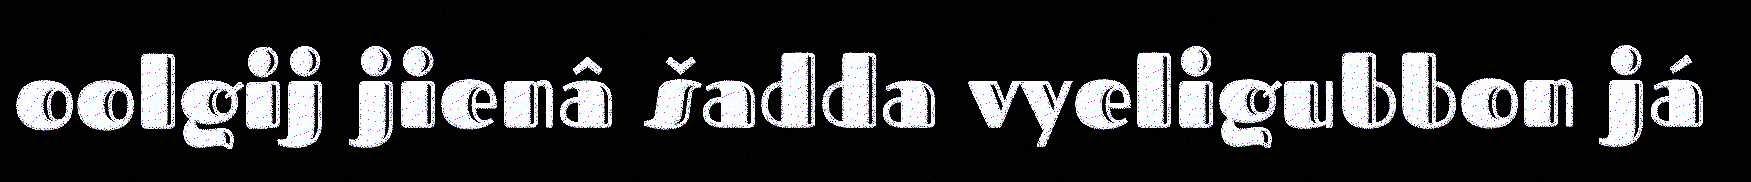
oolgij jienâ šadda vyeligubbon já